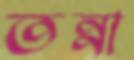
তন্না